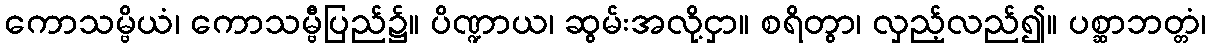
ကောသမ္ဗိယံ၊ ကောသမ္ဗီပြည်၌။ ပိဏ္ဍာယ၊ ဆွမ်းအလို့ငှာ။ စရိတွာ၊ လှည့်လည်၍။ ပစ္ဆာဘတ္တံ၊